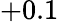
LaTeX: +0.1